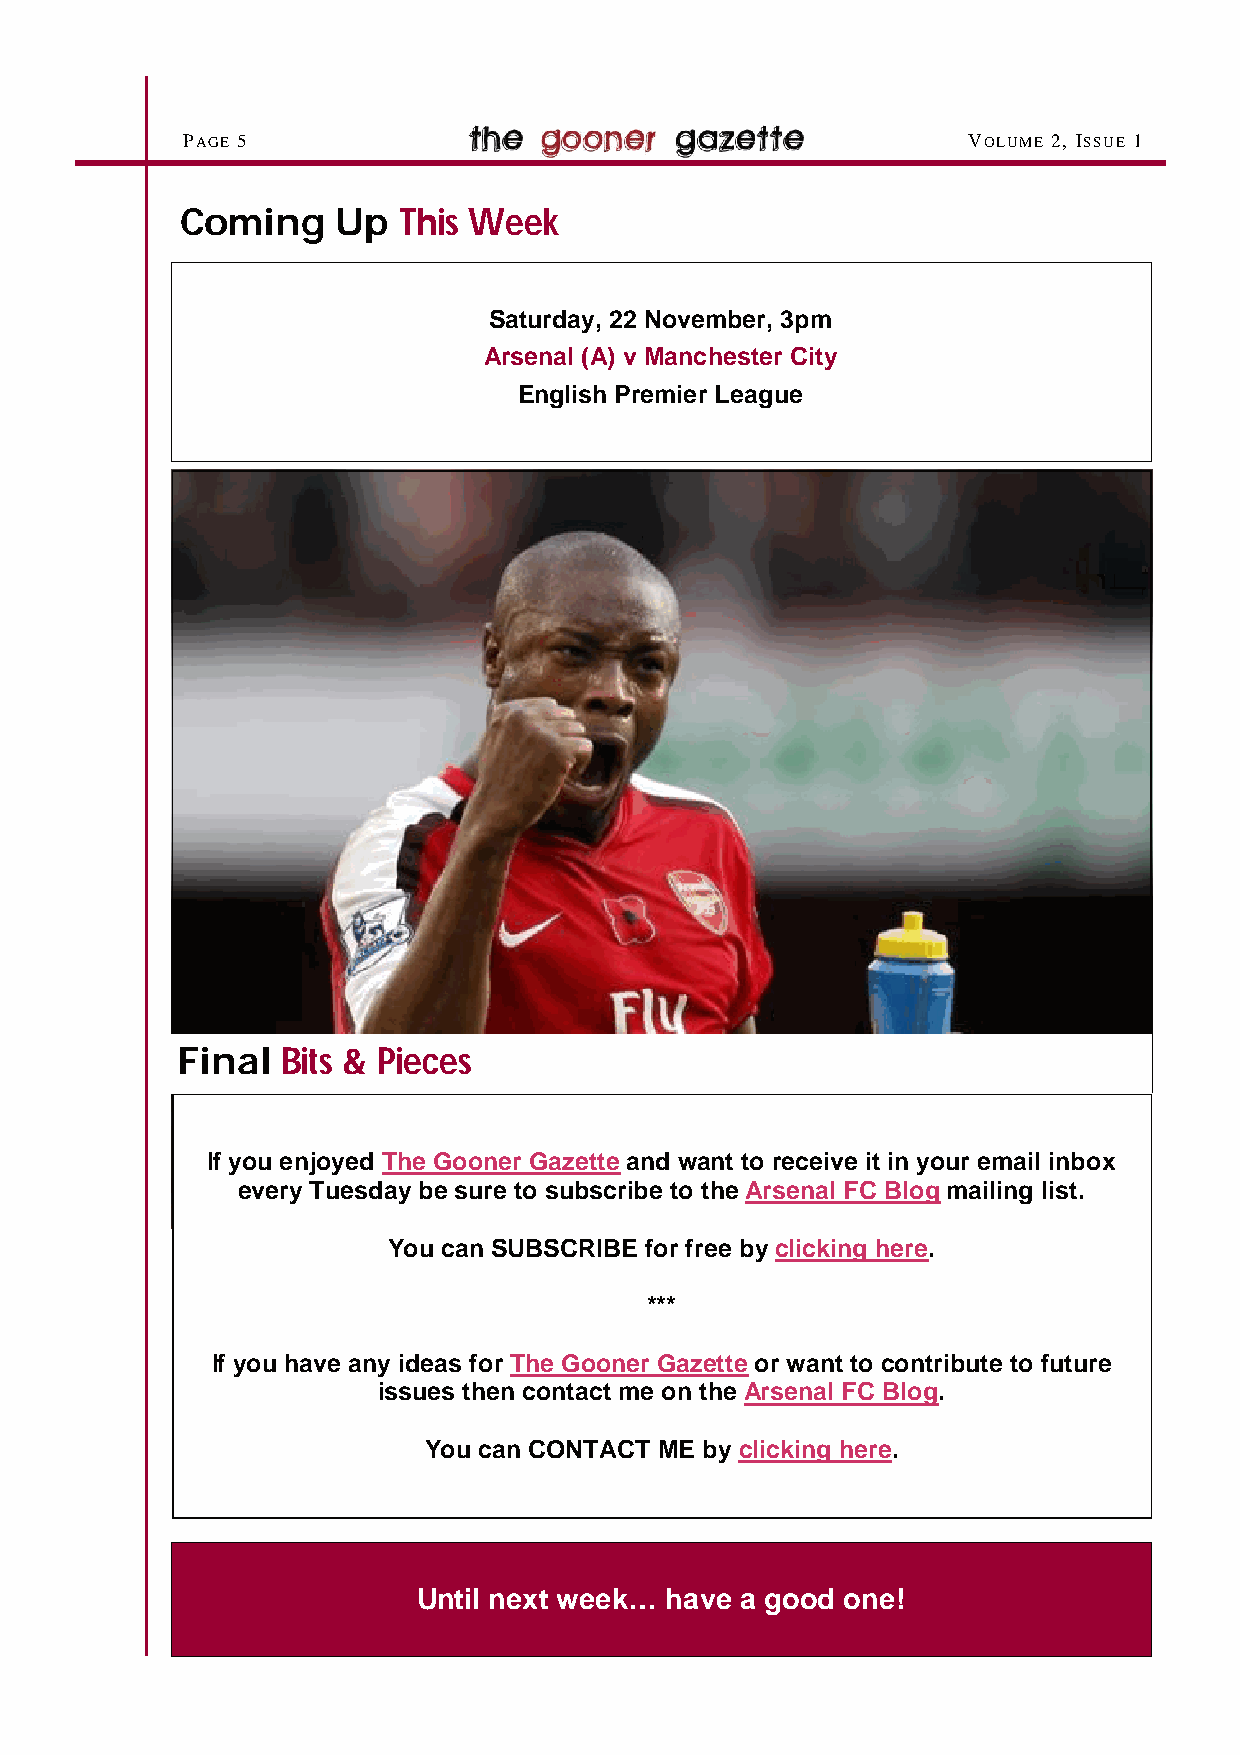
PAGE 5                                              VOLUME 2, ISSUE 1
 Coming    Up  This Week
 Saturday, 22 November, 3pm
 Arsenal (A) v Manchester City
 English Premier League
 Final  Bits & Pieces
 If you enjoyed The Gooner Gazette and want to receive it in your email inbox
 every Tuesday be sure to subscribe to the Arsenal FC Blog mailing list.
 You can SUBSCRIBE for free by clicking here.
 ***
 If you have any ideas for The Gooner Gazette or want to contribute to future
 issues then contact me on the Arsenal FC Blog.
 You can CONTACT ME by clicking here.
 Until next week… have a good one!